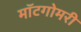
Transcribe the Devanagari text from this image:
मॉटगोमरी